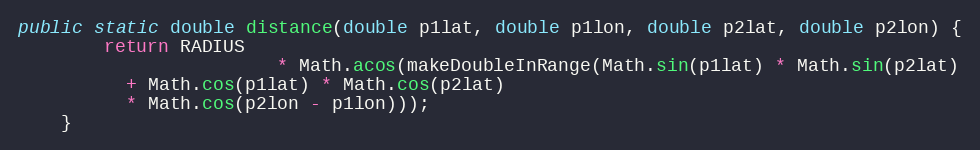
Language: Java
public static double distance(double p1lat, double p1lon, double p2lat, double p2lon) {
        return RADIUS
                        * Math.acos(makeDoubleInRange(Math.sin(p1lat) * Math.sin(p2lat)
          + Math.cos(p1lat) * Math.cos(p2lat)
          * Math.cos(p2lon - p1lon)));
    }